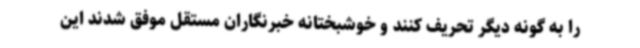
را به گونه دیگر تحریف کنند و خوشبختانه خبرنگاران مستقل موفق شدند این